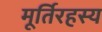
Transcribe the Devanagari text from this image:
मूर्तिरहस्य